Vaccine operations Central Provinces 1900-1911 - 1900-1911
Year: 1900
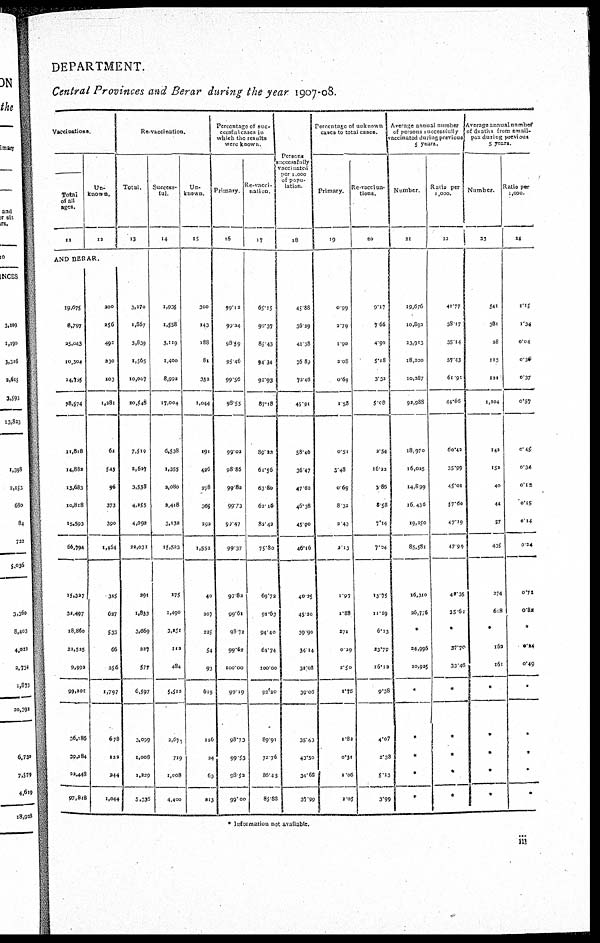
DEPARTMENT.
Central Provinces and Berar during the year 1907-08.
Vaccinations
Total
of all
ages.
11
Un-
known.
12
AND BERAR.
19,675
8,797
25,043
10,304
14,705
78,574
11,818
14,882
13,683
10,818
15,593
66,794
15,327
32,497
18,860
22,525
9,992
99,201
36,186
39,184
22,448
97,818
200
256
492
230
103
1,281
62
543
96
373
390
1,464
315
627
533
66
256
1,797
678
122
244
1,044
Re-vaccination.
Total.
13
3,270
1,867
3,839
1,565
10,007
20,548
7,519
2,627
3,538
4,255
4,092
22,031
291
1,833
3,669
227
577
6,597
3,099
1,008
1,229
5,336
Success-
ful.
14
1,935
1,558
3,119
1,400
8,992
17,004
6,538
1,355
2,080
2,418
3,132
15,523
175
1,490
3,251
112
484
5,512
3,671
719
1,008
4,400
Un¬
known.
15
300
140
188
81
333
1,044
191
426
278
365
292
1,552
40
207
225
54
93
619
126
24
60
213
Percentage of suc¬
cecsful cases in
which the results
were known
Primary
16
99.12
99.24
98.59
95.46
99.56
98.55
99.02
98.86
99.82
99.73
99.47
99.37
97.82
99.61
98.72
99.62
100.00
99.19
98.73
99.53
98.52
99.00
Re-vacci¬
nation.
17
65.15
90.37
85.43
94.34
92.93
87.18
89.22
61.56
63.80
62.16
82.42
75.80
69.72
91.63
94.40
64.74
100.00
92.20
89.91
72.76
86.45
85.88
Persons
successfully
vaccinated
per 1,000
of popu-
lation
18
45.88
36.29
41.38
36.89
72.46
45.91
58.46
36.47
47.62
46.38
45.90
46.16
40.25
45.20
39.90
34.14
32.08
39.06
35.43
43.50
34.62
37.99
Percentage of unknown
cases to total cases
Primary.
19
0.99
2.79
1.90
2.08
0.69
1.58
0.51
3.48
0.69
8.32
2.43
2.13
1.97
1.88
271
0.39
2.50
1.75
1.82
0.31
1.06
1.05
Re-vaccina-
tions
20
9.17
7.66
4.90
5.18
3.32
5.08
2.54
16.22
7.85
8.58
7.14
7.94
13.75
11.29
6.13
23.79
16.13
9.38
4.07
2.38
5.13
3.99
Average annual number
of persons successfully
vaccinated during previous
5 years.
Number
21
19,676
10,892
33,913
18,220
10,287
92,988
18,970
16,025
14,899
16,436
19,250
85,581
16,310
26,776
*
24,996
10,925
*
*
*
*
*
Ratio per
1,000.
22
41.77
18.17
35.14
57.43
61.91
44.66
60.42
35.99
45.01
57.60
47.19
47.99
42.35
35.61
*
37.70
33.46
*
*
*
*
*
Average annual number
of deaths from small-
pox during previous
5 years.
Number
23
541
381
28
113
121
1,204
142
152
40
44
57
435
274
618
*
163
161
*
*
*
*
*
Ratio per
1,000
24
1.15
1.34
0.04
0.30
0.37
0.57
0.45
0.34
0.12
0.15
0.14
0.24
0.72
0.32
*
0.24
0.49
*
*
*
*
*
* Information not available.
iii